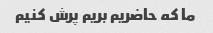
ما که حاضریم بریم پرش کنیم